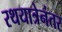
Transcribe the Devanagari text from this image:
रथयात्रेनंतर